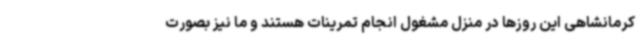
کرمانشاهی این روزها در منزل مشغول انجام تمرینات هستند و ما نیز بصورت